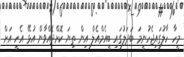
މީހާ ހާލުގައިޖެހުނީމަ ބަދަލުގައި ބީއެމްއެލް އިން ތިޔަ ކޮށްދެއްވާން އުޅޭ އެހީ އަށް